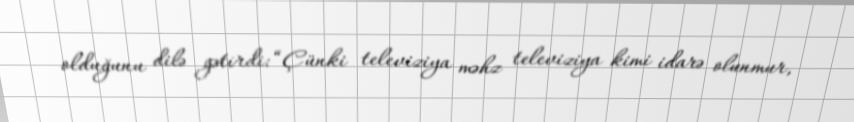
olduğunu dilə gətirdi: “Çünki televiziya məhz televiziya kimi idarə olunmur,